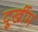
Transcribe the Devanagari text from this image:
दुूर्खीम